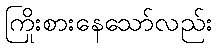
ကြိုးစားနေသော်လည်း